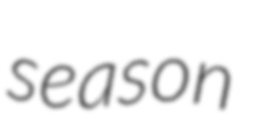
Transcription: season